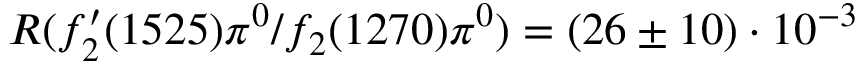
R ( f _ { 2 } ^ { \prime } ( 1 5 2 5 ) \pi ^ { 0 } / f _ { 2 } ( 1 2 7 0 ) \pi ^ { 0 } ) = ( 2 6 \pm 1 0 ) \cdot 1 0 ^ { - 3 }